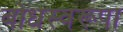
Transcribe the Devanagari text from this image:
बोधस्वरूपा